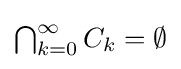
{\textstyle \bigcap _{k=0}^{\infty }C_{k}}=\emptyset